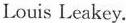
Louis Leakey.